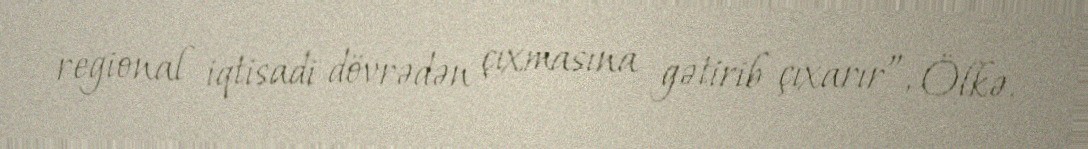
regional iqtisadi dövrədən çıxmasına gətirib çıxarır”, Ölkə.